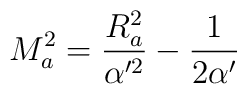
M_a^2 =\frac{R_a^2}{\alpha'^2} - \frac{1}{2\alpha'}